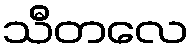
သီတလေ